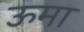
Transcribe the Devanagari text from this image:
ऊमा